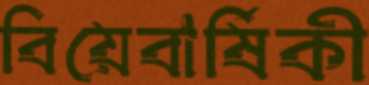
বিয়েবার্ষিকী